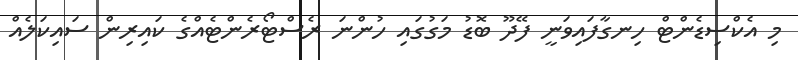
މި އެކްސިޑެންޓް ހިނގާފައިވަނީ ފޭދޫ ބޮޑު މަގުގައި ހުންނަ ރެސްޓޯރެންޓެއްގެ ކައިރިން ސައިކަލެއް